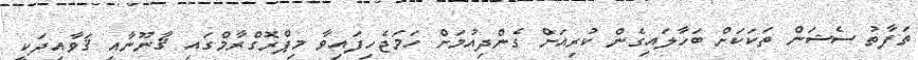
ތަފާތު ސެޝަން ތަކަކަށް ބަހާލައިގެން ކުރިއަށް ގެންދިއުމަށް ހަމަޖެހިފައިވާ މިޕްރޮގްރާމްގައި ޤާނޫނާއި ޤަވާއިދަކީ